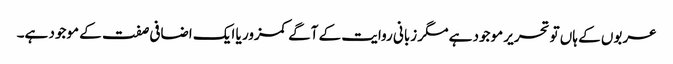
عربوں کے ہاں تو تحریر موجود ہے مگر زبانی روایت کے آگے کمزور یا ایک اضافی صفت کے موجود ہے۔